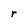
Character: r